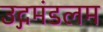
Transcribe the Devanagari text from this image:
उद्गमंडलम